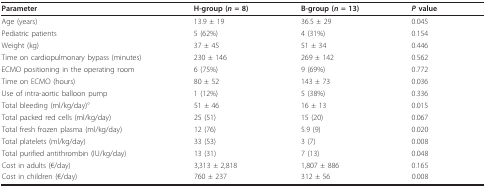
<table><thead><tr><td><b>Parameter</b></td><td><b>H-group (<i>n </i>= 8)</b></td><td><b>B-group (<i>n </i>= 13)</b></td><td><b><i>P </i>value</b></td></tr></thead><tbody><tr><td>Age (years)</td><td>13.9 ± 19</td><td>36.5 ± 29</td><td>0.045</td></tr><tr><td>Pediatric patients</td><td>5 (62%)</td><td>4 (31%)</td><td>0.154</td></tr><tr><td>Weight (kg)</td><td>37 ± 45</td><td>51 ± 34</td><td>0.446</td></tr><tr><td>Time on cardiopulmonary bypass (minutes)</td><td>230 ± 146</td><td>269 ± 142</td><td>0.562</td></tr><tr><td>ECMO positioning in the operating room</td><td>6 (75%)</td><td>9 (69%)</td><td>0.772</td></tr><tr><td>Time on ECMO (hours)</td><td>80 ± 52</td><td>143 ± 73</td><td>0.036</td></tr><tr><td>Use of intra-aortic balloon pump</td><td>1 (12%)</td><td>5 (38%)</td><td>0.336</td></tr><tr><td>Total bleeding (ml/kg/day)°</td><td>51 ± 46</td><td>16 ± 13</td><td>0.015</td></tr><tr><td>Total packed red cells (ml/kg/day)</td><td>25 (51)</td><td>15 (20)</td><td>0.067</td></tr><tr><td>Total fresh frozen plasma (ml/kg/day)</td><td>12 (76)</td><td>5.9 (9)</td><td>0.020</td></tr><tr><td>Total platelets (ml/kg/day)</td><td>33 (53)</td><td>3 (7)</td><td>0.008</td></tr><tr><td>Total purified antithrombin (IU/kg/day)</td><td>13 (31)</td><td>7 (13)</td><td>0.048</td></tr><tr><td>Cost in adults (€/day)</td><td>3,313 ± 2,818</td><td>1,807 ± 886</td><td>0.165</td></tr><tr><td>Cost in children (€/day)</td><td>760 ± 237</td><td>312 ± 56</td><td>0.008</td></tr></tbody></table>